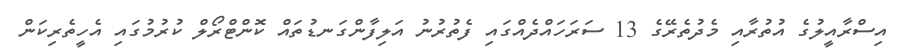
އިސްރާއީލުގެ އުތުރާއި މެދުތެރޭގެ 13 ސަރަހައްދެއްގައި ފެތުރުނު އަލިފާންގަނޑުތައް ކޮންޓްރޯލް ކުރުމުގައި އެހީތެރިކަން